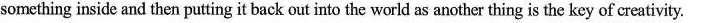
something inside and then putting it back out into the world as another thing is the key of creativity.